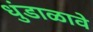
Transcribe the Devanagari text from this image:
धुंडाळावे